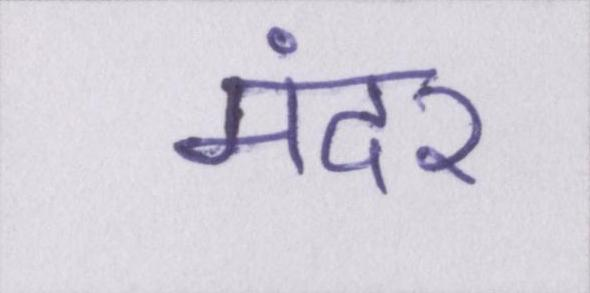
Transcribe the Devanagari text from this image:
मंदेर